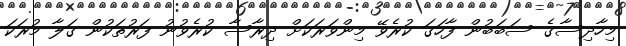
މިހާދިސާގެ ސަބަބުން ފާހަގަ ކުރެވޭ މިންވަރަކަށް ދިރާސާ ކުރެވުނު ފަރުތަކުން ގަލާ މުރަކަ